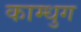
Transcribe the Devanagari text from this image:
काम्धुग